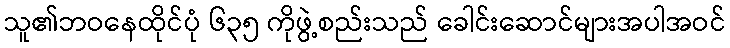
သူ၏ဘဝနေထိုင်ပုံ ၆၃၅ ကိုဖွဲ့စည်းသည် ခေါင်းဆောင်များအပါအဝင်